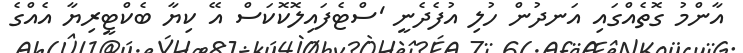
އާންމު ގޮތެއްގައި އަނދުން ހުލި އުފެދެނީ 'ސްޓެފައިލޮކޮކަސް އޭ ކިޔާ ބެކްޓީރިޔާ އެއްގެ